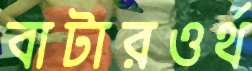
বাটারওর্থ